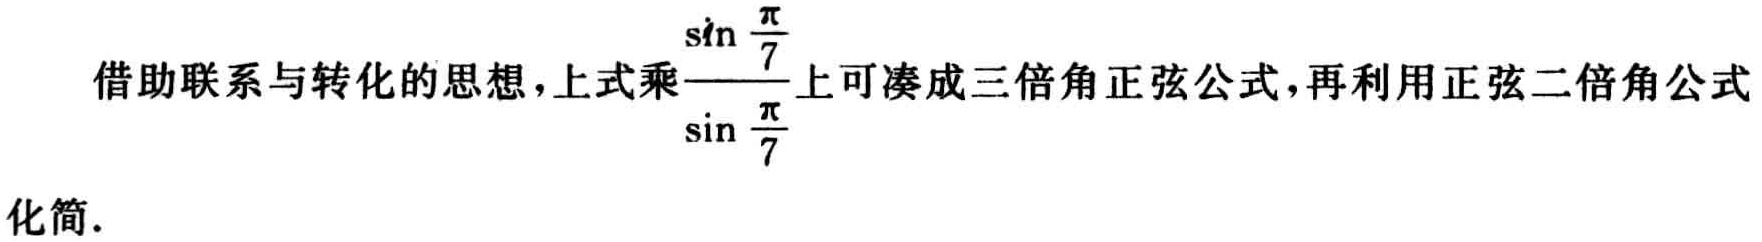
借助联系与转化的思想,上式乘$\frac{\sin\frac{\pi}{7}}{\sin\frac{\pi}{7}}$上可凑成三倍角正弦公式,再利用正弦二倍角公式

化简.